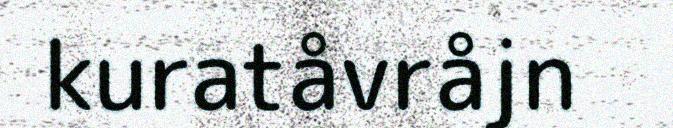
kuratåvråjn